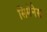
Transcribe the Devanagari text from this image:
सिमेनेस